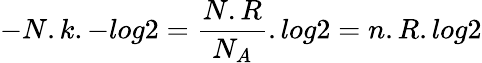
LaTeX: -N.k.-log\textit{}2=\frac{N.R}{N_{A}}.log\textit{}2=n.R.log\textit{}2